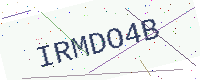
Text: IRMDO4B